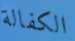
الكفالة